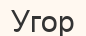
Угор